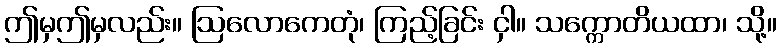
ဤမှဤမှလည်း။ ဩလောကေတုံ၊ ကြည့်ခြင်း ငှါ။ သက္ကောတိယထာ၊ သို့။